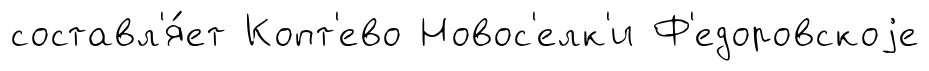
составл'я́ет Копт'ево Новос'елк'и Ф'едоровскоjе